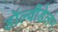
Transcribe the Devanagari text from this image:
डॉल्वीडेलन